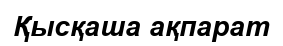
Қысқаша ақпарат